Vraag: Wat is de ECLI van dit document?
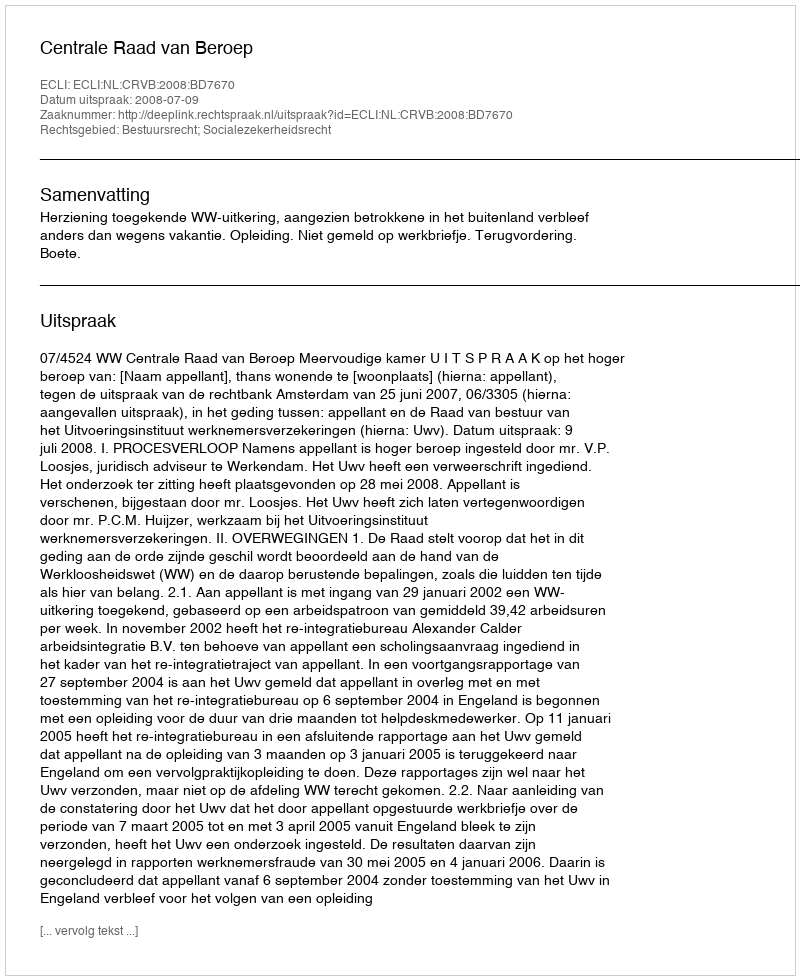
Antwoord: ECLI:NL:CRVB:2008:BD7670